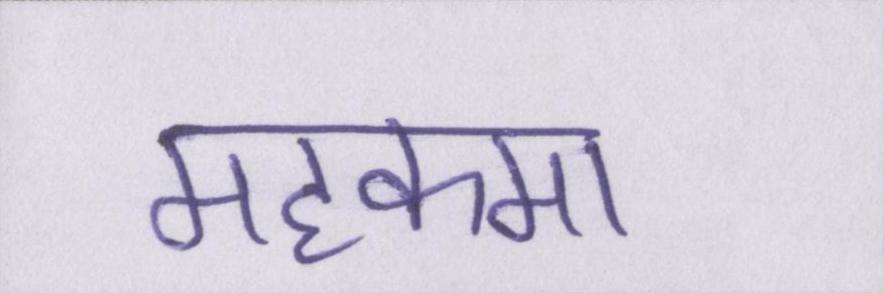
महकमा